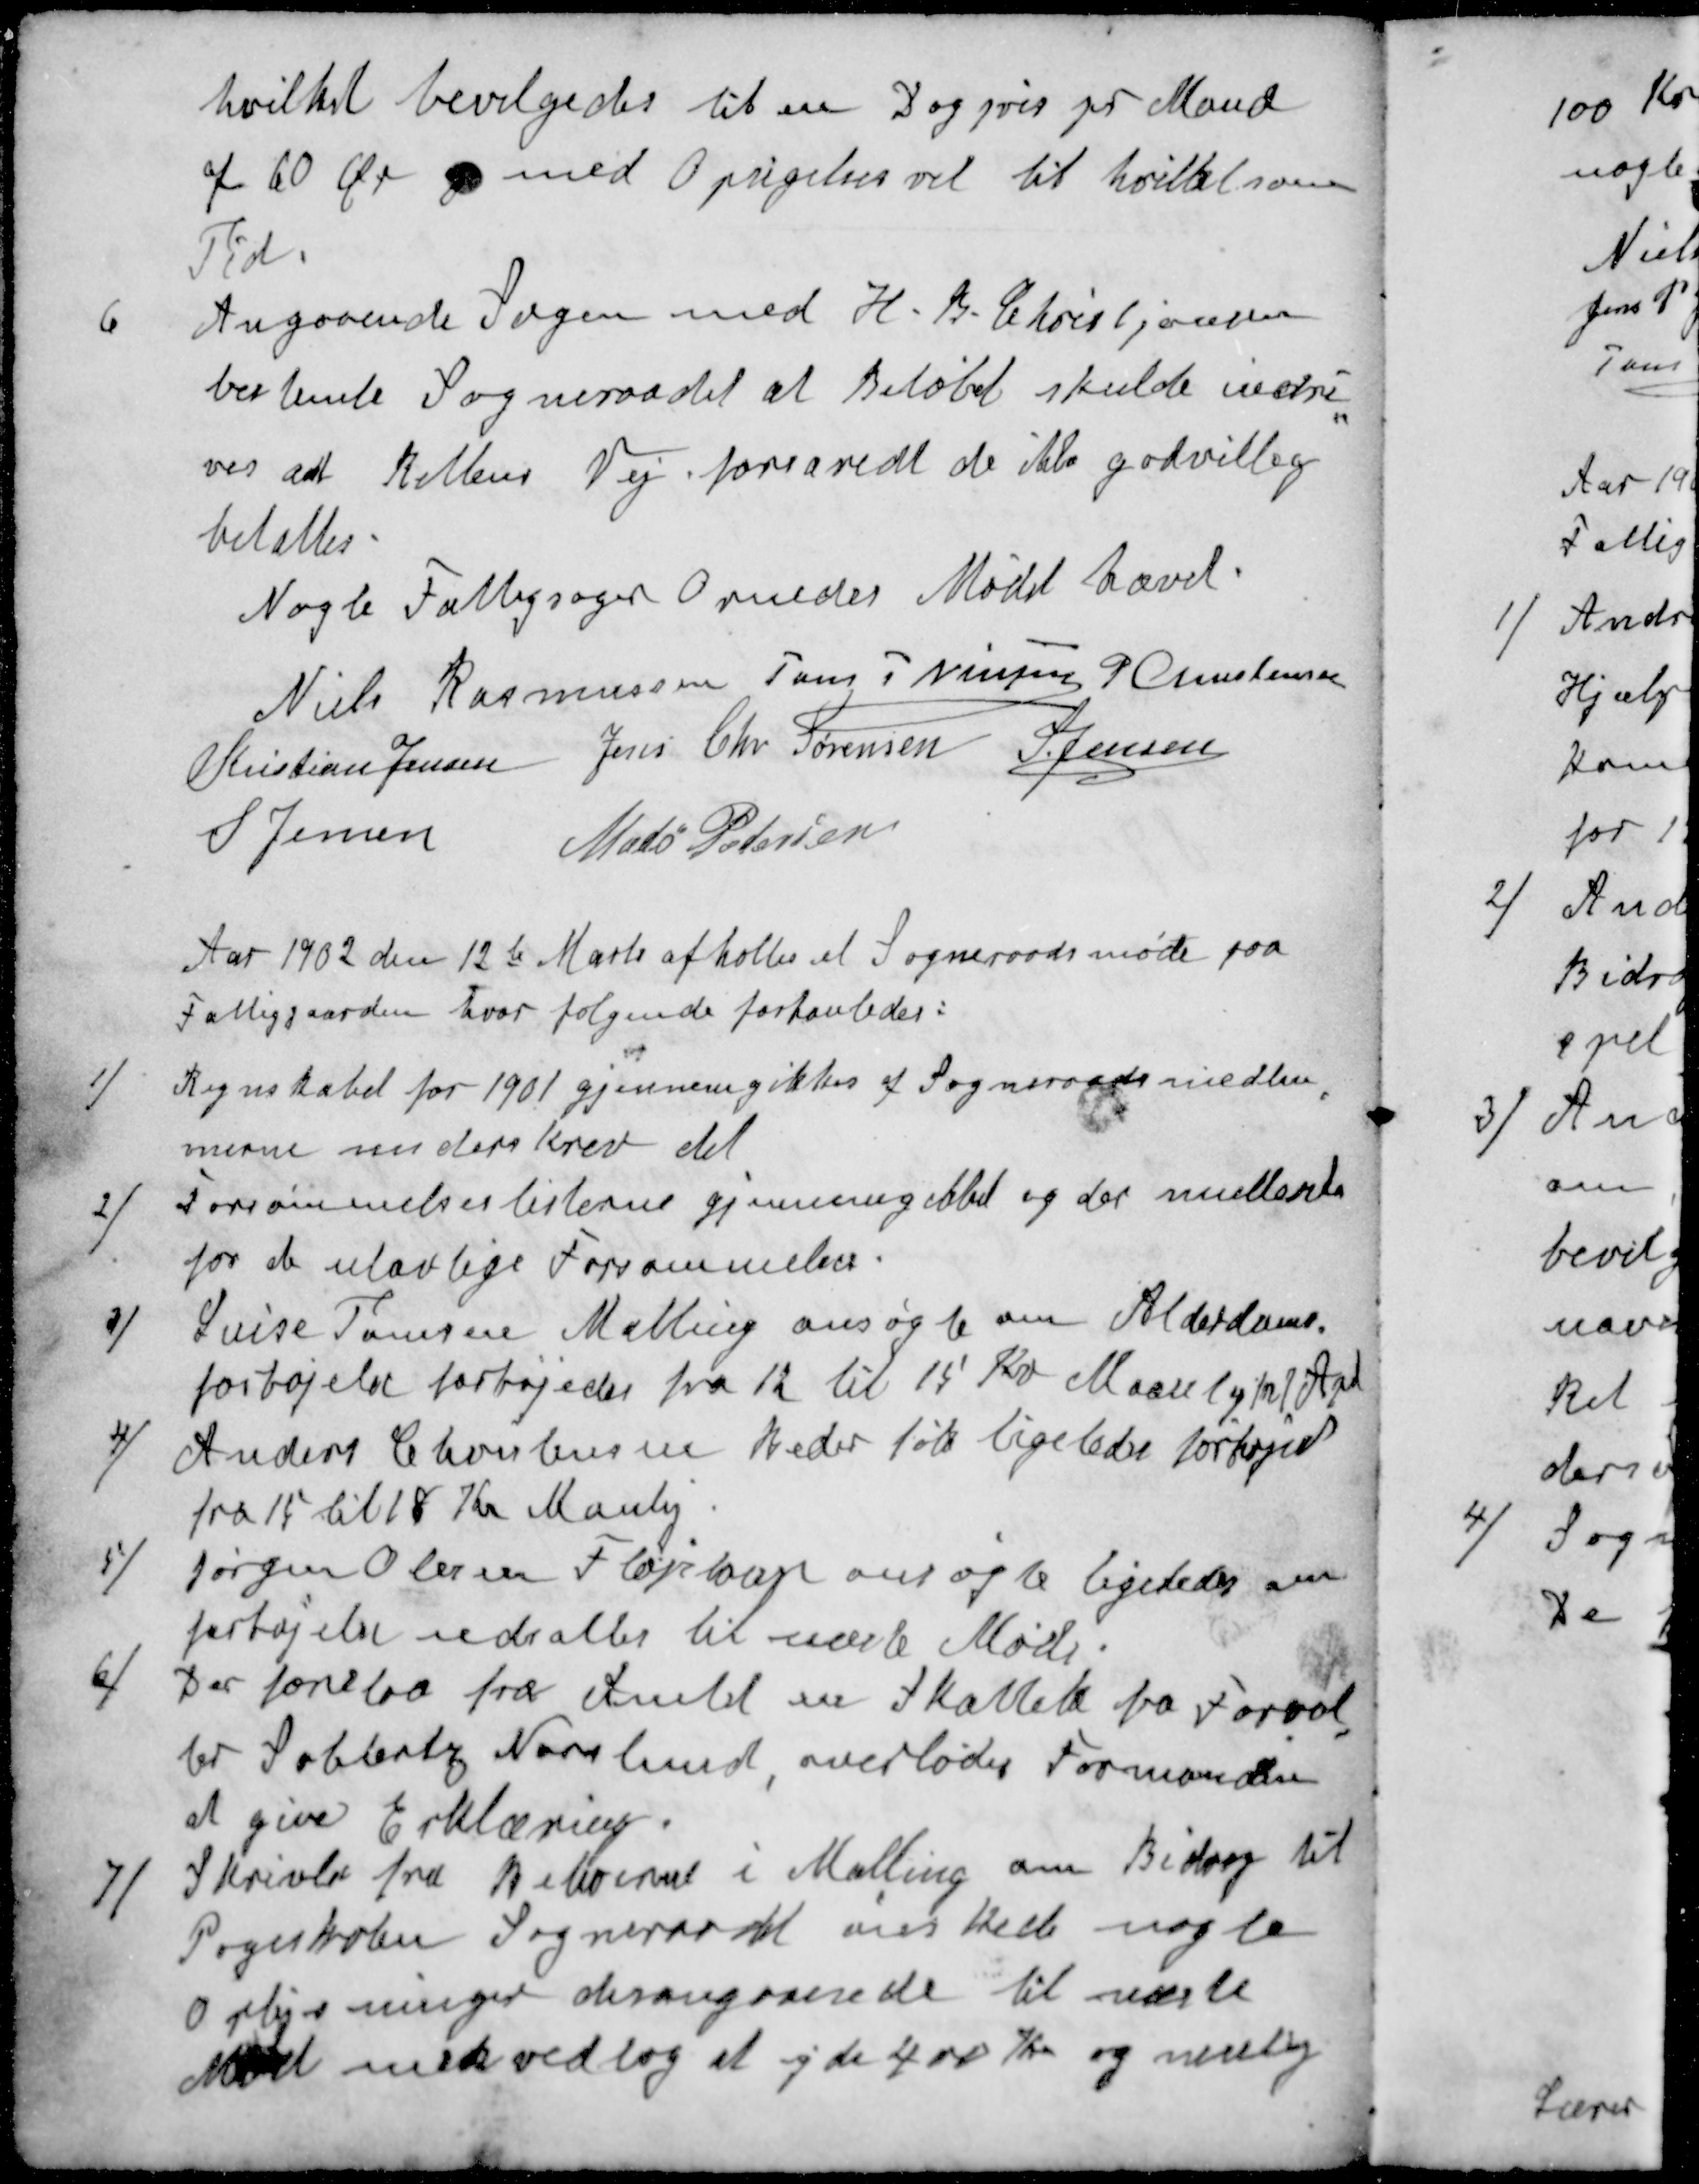
Transskription:
hvilket bevilgedes til en Dag pris pr Mand
af 60 Øre med Opsigelsesret til hvilket som
Tid.
6 Angaaende Sagen med H. B. Christjansen
bestemte Sogneraadet at Beløbet skulde inddri-
ves ad Rettens Vej forsavidt de ikke godvillig
betaltes.
Nogle Fattigsager Ornedes Mødet hævet.
Niels Rasmussen
Jens P Nielsen
P Christensen
Kristian Jensen
Jens Chr Sørensen
S Jensen
S Jensen
Mads Pedersen
Aar 1902 den 12te Marts afholtes et Sogneraadsmøde paa
Fattiggaarden, hvor følgende forhanledes:
1 / Regnskabet for 1901 gjennemgikkes af Sogneraadsmedlem
merne underskrev det
2 / Forsømmelseslisterne gjennemgikket og der multerede
for de ulovlige Forsømmelser.
3 / Luise Tomsen Malling ansøgte om Alderdoms-
forhøjelse forhøjedes fra 12 til 15 Kr Maanlig fra 1 April
4 / Anders Christensen Beder fik ligeledes forhøjet
fra 15 til 18 Kr Manlig
5 / Jørgen Olesen Fløjstrup ansøgte ligeledes om
forhøjelse udsattes til næste Møde.
6 / Der forelaa fra Amtet en Skattek fra Forval
ter Sablertz Norslund, overlodes Formanden
at give Erklæring.
7 / Skrivls fra Beboerne i Malling om Bidrag til
Pogeskolen Sogneraadet ønskede nogle
Oplysninger derangaaende til næste
Møde men vedtog at yde 400 Kr og nemlig